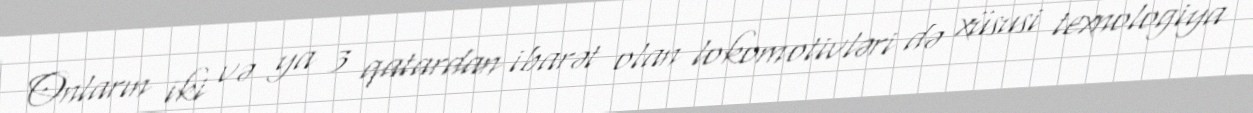
Onların iki və ya 3 qatardan ibarət olan lokomotivləri də xüsusi texnologiya